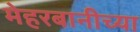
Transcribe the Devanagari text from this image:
मेहरबानीच्या